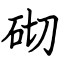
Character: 砌